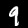
Digit: 9